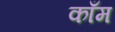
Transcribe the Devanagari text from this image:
काँम